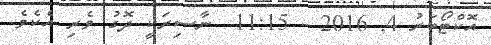
އޮކްޓޯބަރު 4